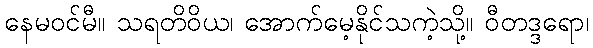
နေမဝင်မီ။ သရတိဝိယ၊ အောက်မေ့နိုင်သကဲ့သို့။ ဝီတဒ္ဒရော၊